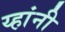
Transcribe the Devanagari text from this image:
य्हांनी